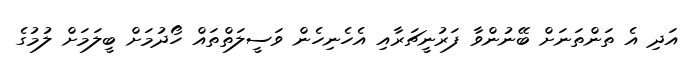
އަދި އެ ތަންތަނަށް ބޭނުންވާ ފަރުނީޗަރާއި އެހެނިހެން ވަސީލަތްތައް ހޯދުމަށް ބީލަމަށް ލުމުގެ